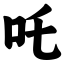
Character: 吒